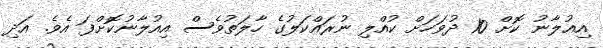
އިއުލާނު ކޮށް 10 ދުވަހަށް ކުއްލި ނުރައްކަލުގެ ހާލަތުވެސް އިއުލާނުކޮށްފަ އެވެ. އަދި